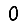
Digit: 0